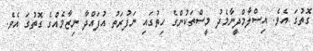
ގޮތުގަ އެވެ. އިސްލާމްދީނާމެދު މީސްތަކުންގެ ހިތުގައި ނަފުރަތު އުފައްދާ ނިޒާމެއްގެ ގޮތުގަ އެވެ.